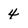
Character: 4